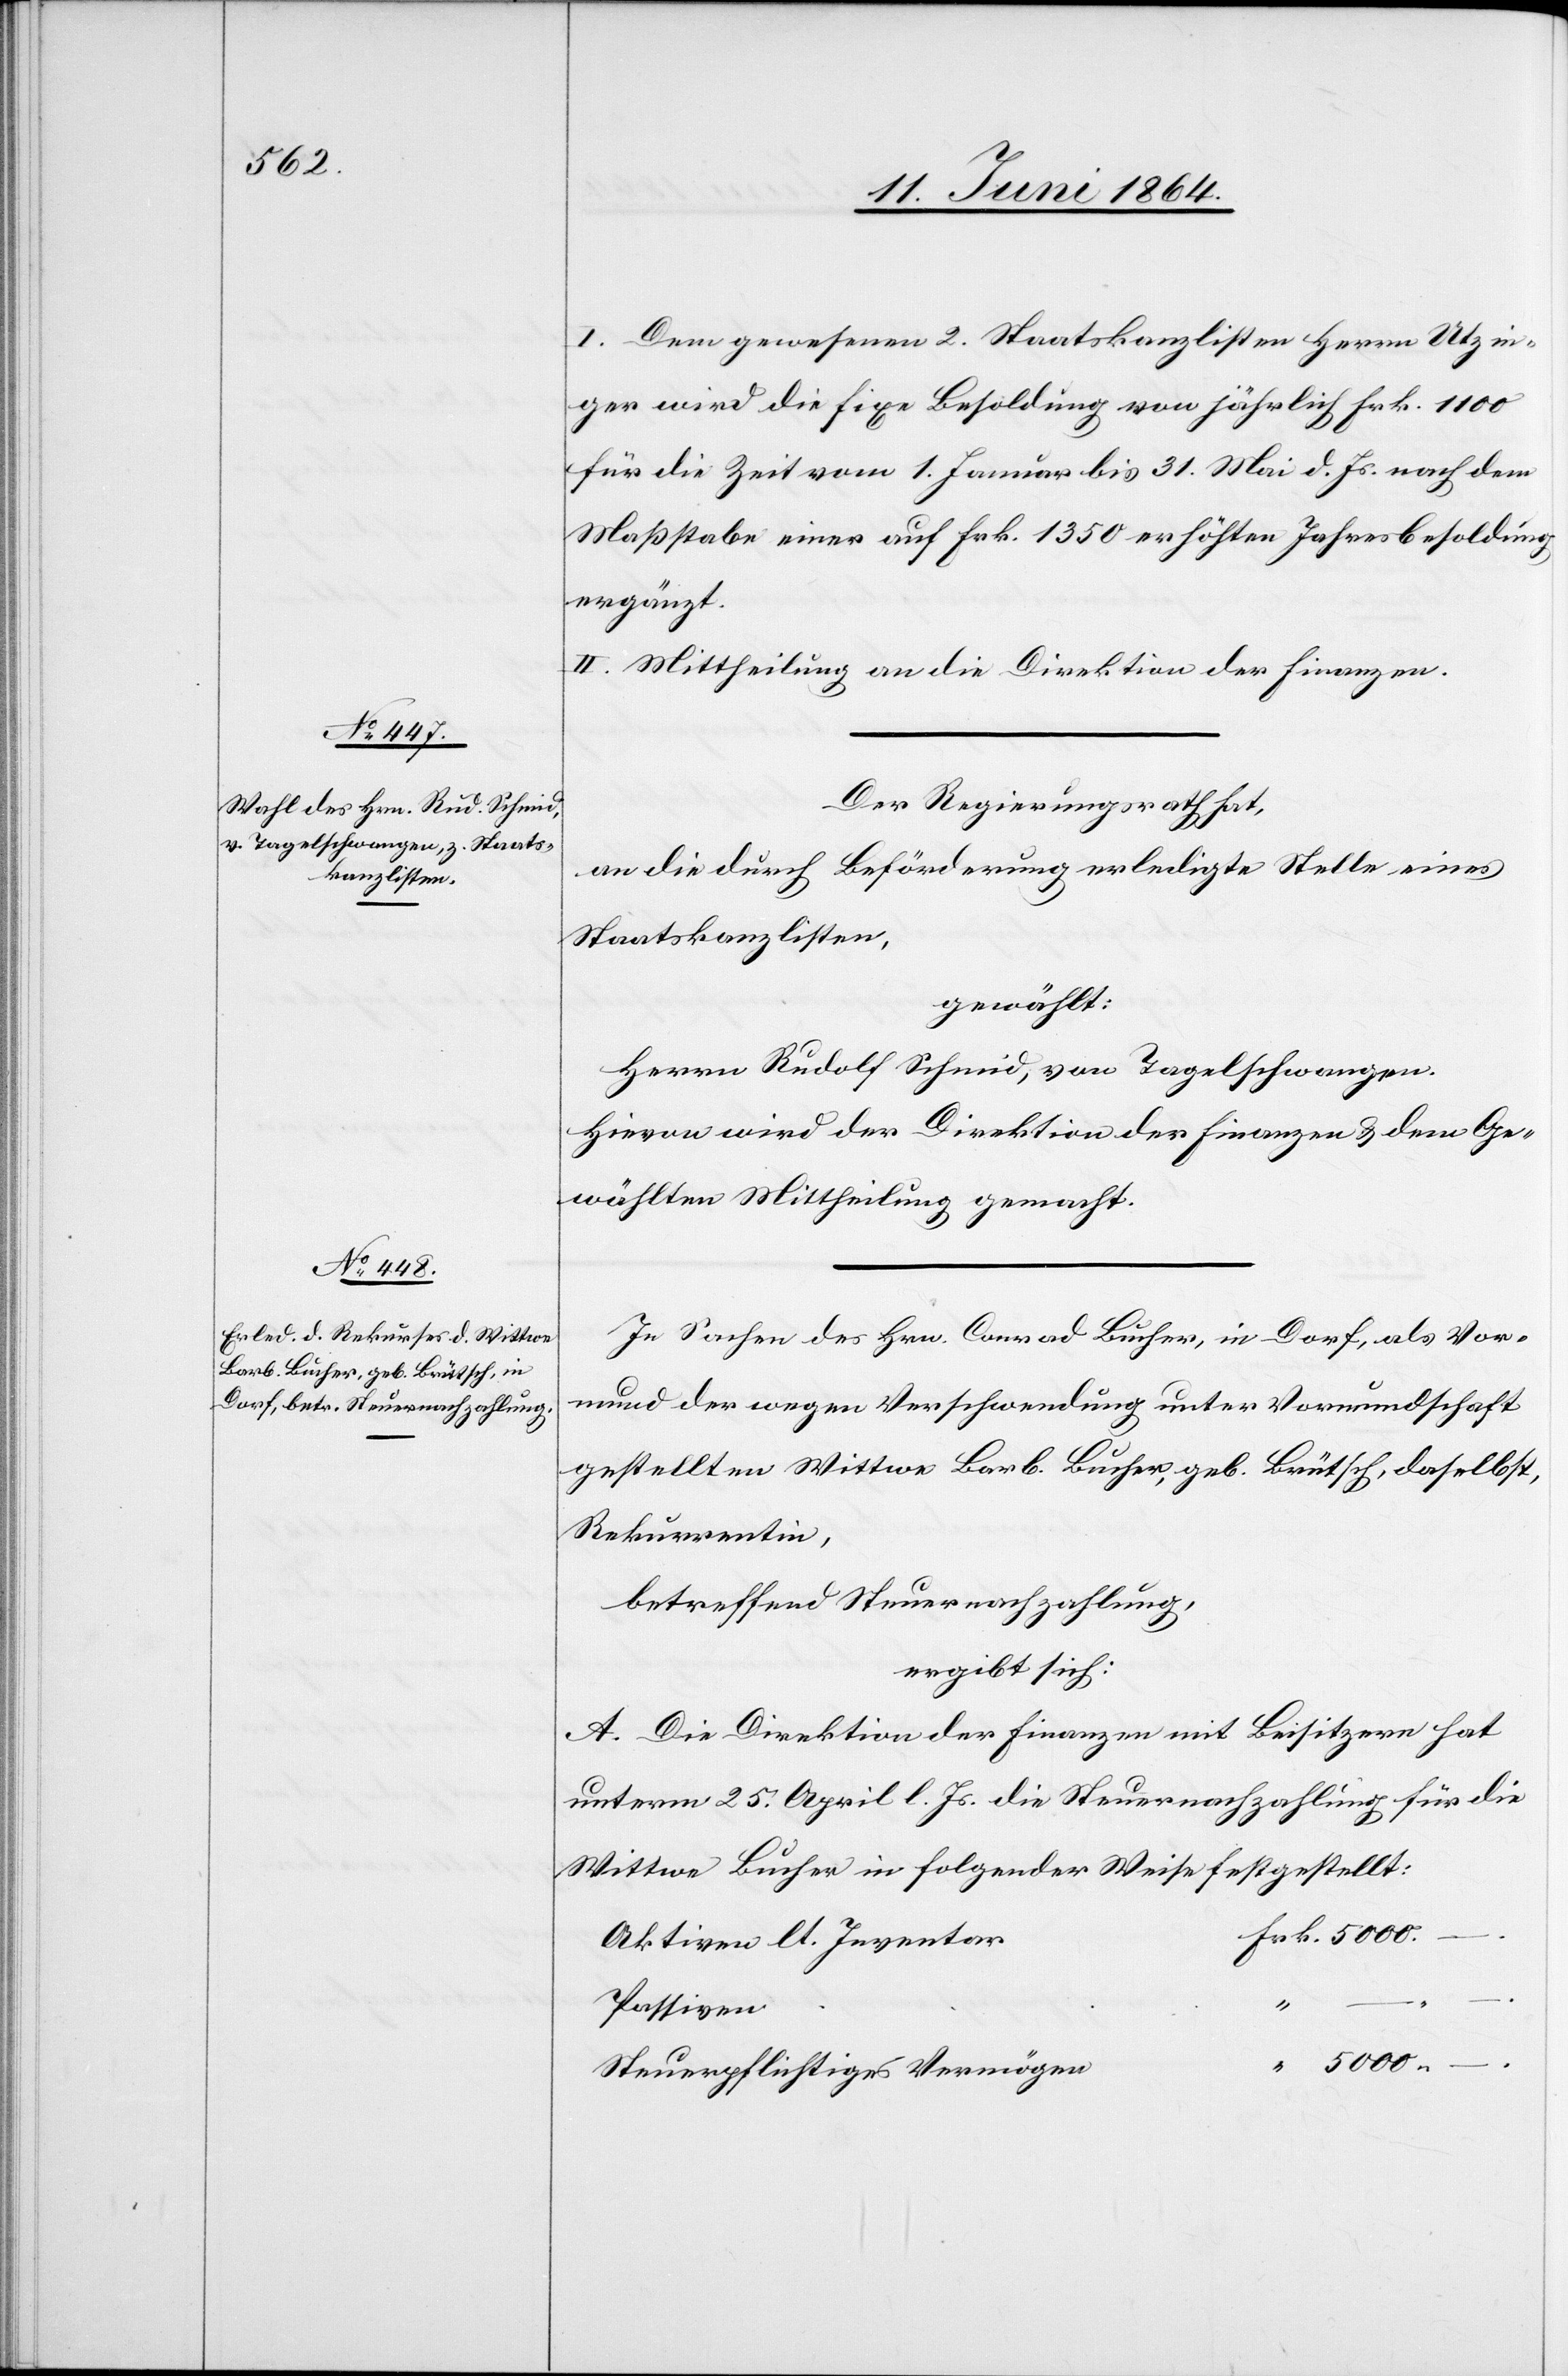
5000.

I. Dem gewesenen 2. Staatskanzlisten Herrn Utzin¬
ger wird die fixe Besoldung von jährlich Frk. 1100
für die Zeit vom 1. Januar bis 31. Mai d. Js. nach dem
Maßstabe einer auf Frk. 1350 erhöhten Jahresbesoldung
ergänzt.
II. Mittheilung an die Direktion der Finanzen.
Der Regierungsrath hat,
an die durch Beförderung erledigte Stelle eines
Staatskanzlisten,
gewählt:
Herrn Rudolf Schmid, von Tagelschwangen.
Hievon wird der Direktion der Finanzen u. dem Ge¬
wählten Mittheilung gemacht.
In Sachen des Hrn. Conrad Bucher, in Dorf, als Vor¬
mund der wegen Verschwendung unter Vormundschaft
gestellten Wittwe Barb. Bucher, geb. Brütsch, daselbst,
Rekurrentin,
betreffend Steuernachzahlung,
ergibt sich:
A. Die Direktion der Finanzen mit Beisitzern hat
unterm 25. April l. Js. die Steuernachzahlung für die
Wittwe Bucher in folgender Weise festgestellt:
Aktiven lt. Inventar
“
–.
Passiven
Steuerpflichtiges Vermögen